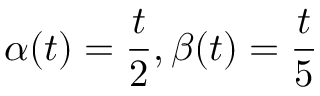
\alpha ( t ) = \frac { t } { 2 } , \beta ( t ) = \frac { t } { 5 }